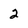
Character: 2